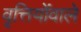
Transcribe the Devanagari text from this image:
वृत्तियोंवाले